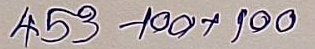
453 - 100 x 100